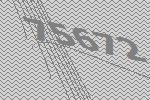
75672